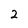
Character: 2